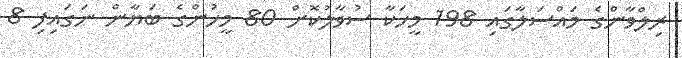
ރިލްވާންގެ މައްސަލާގައި 198 މީހަކާ ސުވާލުކޮށް 80 މީހުންގެ ބަޔާން ނަގައިފި 8